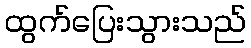
ထွက်ပြေးသွားသည်